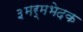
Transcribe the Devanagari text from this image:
३मर्मभेदक